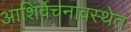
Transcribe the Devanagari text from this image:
आशिर्वचनावस्थेत